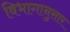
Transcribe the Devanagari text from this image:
विभागानुसार